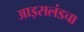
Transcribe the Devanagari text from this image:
आइसलंडचा